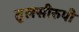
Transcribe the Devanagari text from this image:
तुलसीरुपी